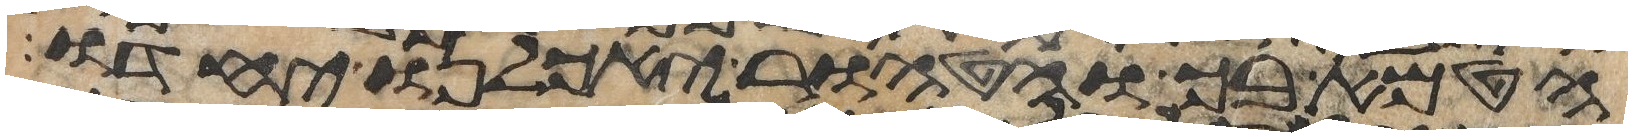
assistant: הטמא בך והטהור יאכלנו יחדו